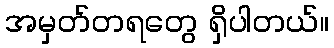
အမှတ်တရတွေ ရှိပါတယ်။